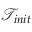
\mathcal { T } _ { i n i t }